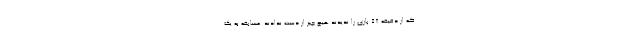
که از دقیقه 58 بازی را ندیدند هیچ چیز از دست ندادند. مسابقه به یک